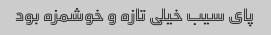
پای سیب خیلی تازه و خوشمزه بود